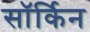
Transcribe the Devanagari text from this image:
सॉर्किन